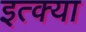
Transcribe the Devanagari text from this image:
इत्क्या